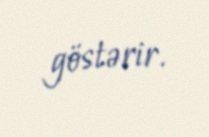
göstərir.